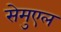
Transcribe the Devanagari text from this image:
सेमुएल